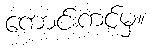
ကောင်းကင်မှ။